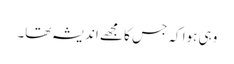
وہی ہوا کہ جس کا مجھے اندیشہ تھا۔